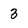
Character: 3